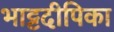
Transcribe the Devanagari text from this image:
भाट्टदीपिका